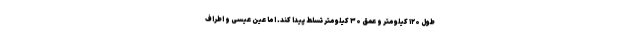
طول ۱۲۰ کیلومتر و عمق ۳۰ کیلومتر تسلط پیدا کند. اما عین عیسی و اطراف